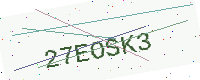
Text: 27EOSK3